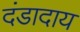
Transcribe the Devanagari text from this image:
दंडादाय